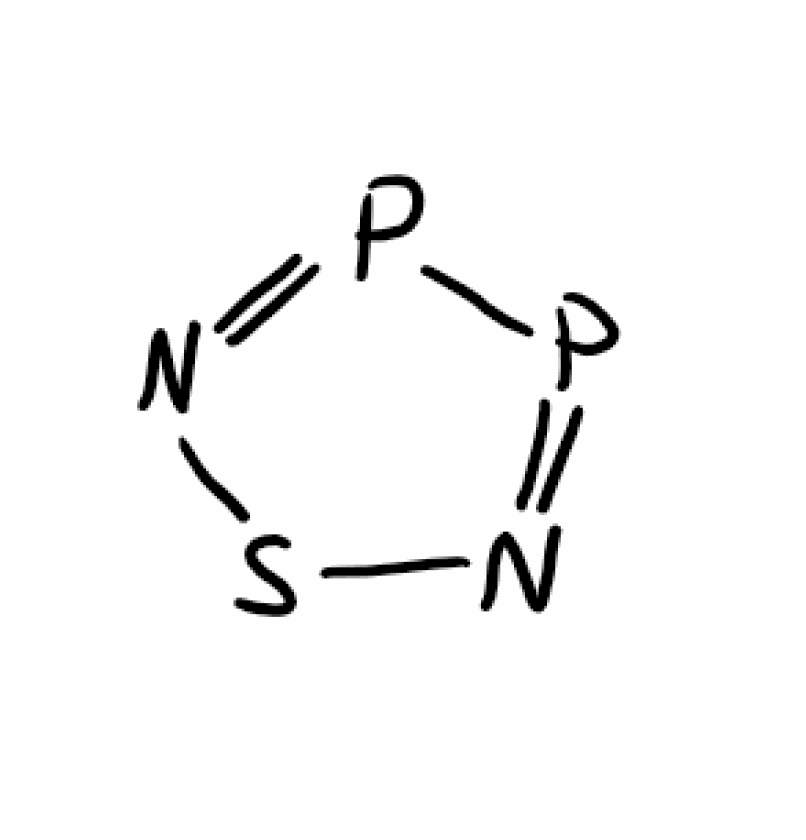
Simplified molecular-input line-entry system (SMILES) notation of the given molecule:
N1=PP=NS1